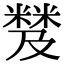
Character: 𥻾